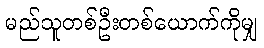
မည်သူတစ်ဦးတစ်ယောက်ကိုမျှ